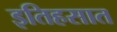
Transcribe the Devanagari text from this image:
इतिहसात